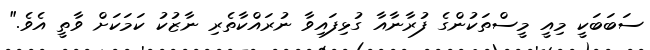
ސަބަބަކީ މިއީ މީސްތަކުންގެ ފުރާނާއާ ގުޅިފައިވާ ނުރައްކާތެރި ނާޒުކު ކަމަކަށް ވާތީ އެވެ."